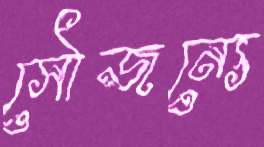
সৌজন্যে